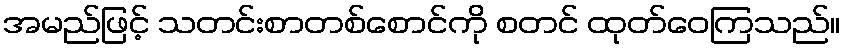
အမည်ဖြင့် သတင်းစာတစ်စောင်ကို စတင် ထုတ်ဝေကြသည်။